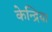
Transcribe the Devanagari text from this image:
केन्द्रिया